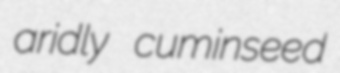
aridly cuminseed